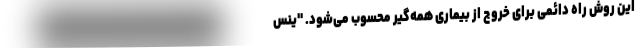
این روش راه دائمی برای خروج از بیماری همه‌گیر محسوب می‌شود. "ینس